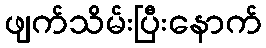
ဖျက်သိမ်းပြီးနောက်